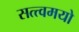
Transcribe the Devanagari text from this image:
सत्त्वमयो